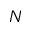
N